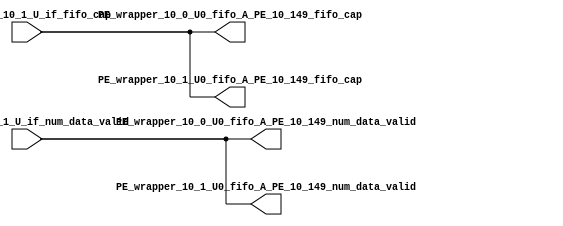
// ==================================================
// RTL generated by RapidStream
//
// Copyright 2024 RapidStream Design Automation, Inc.
// All Rights Reserved.
// ==================================================
`timescale 1 ns / 1 ps
module __rs_kernel3_aux_split_aux_106 #(
    parameter C_S_AXI_CONTROL_DATA_WIDTH  = 32,
    parameter C_S_AXI_CONTROL_ADDR_WIDTH  = 6,
    parameter C_S_AXI_DATA_WIDTH          = 32,
    parameter C_M_AXI_GMEM_A_ID_WIDTH     = 1,
    parameter C_M_AXI_GMEM_A_ADDR_WIDTH   = 64,
    parameter C_M_AXI_GMEM_A_DATA_WIDTH   = 512,
    parameter C_M_AXI_GMEM_A_AWUSER_WIDTH = 1,
    parameter C_M_AXI_GMEM_A_ARUSER_WIDTH = 1,
    parameter C_M_AXI_GMEM_A_WUSER_WIDTH  = 1,
    parameter C_M_AXI_GMEM_A_RUSER_WIDTH  = 1,
    parameter C_M_AXI_GMEM_A_BUSER_WIDTH  = 1,
    parameter C_M_AXI_GMEM_A_USER_VALUE   = 0,
    parameter C_M_AXI_GMEM_A_PROT_VALUE   = 0,
    parameter C_M_AXI_GMEM_A_CACHE_VALUE  = 3,
    parameter C_M_AXI_DATA_WIDTH          = 32,
    parameter C_M_AXI_GMEM_B_ID_WIDTH     = 1,
    parameter C_M_AXI_GMEM_B_ADDR_WIDTH   = 64,
    parameter C_M_AXI_GMEM_B_DATA_WIDTH   = 512,
    parameter C_M_AXI_GMEM_B_AWUSER_WIDTH = 1,
    parameter C_M_AXI_GMEM_B_ARUSER_WIDTH = 1,
    parameter C_M_AXI_GMEM_B_WUSER_WIDTH  = 1,
    parameter C_M_AXI_GMEM_B_RUSER_WIDTH  = 1,
    parameter C_M_AXI_GMEM_B_BUSER_WIDTH  = 1,
    parameter C_M_AXI_GMEM_B_USER_VALUE   = 0,
    parameter C_M_AXI_GMEM_B_PROT_VALUE   = 0,
    parameter C_M_AXI_GMEM_B_CACHE_VALUE  = 3,
    parameter C_M_AXI_GMEM_C_ID_WIDTH     = 1,
    parameter C_M_AXI_GMEM_C_ADDR_WIDTH   = 64,
    parameter C_M_AXI_GMEM_C_DATA_WIDTH   = 512,
    parameter C_M_AXI_GMEM_C_AWUSER_WIDTH = 1,
    parameter C_M_AXI_GMEM_C_ARUSER_WIDTH = 1,
    parameter C_M_AXI_GMEM_C_WUSER_WIDTH  = 1,
    parameter C_M_AXI_GMEM_C_RUSER_WIDTH  = 1,
    parameter C_M_AXI_GMEM_C_BUSER_WIDTH  = 1,
    parameter C_M_AXI_GMEM_C_USER_VALUE   = 0,
    parameter C_M_AXI_GMEM_C_PROT_VALUE   = 0,
    parameter C_M_AXI_GMEM_C_CACHE_VALUE  = 3,
    parameter C_S_AXI_CONTROL_WSTRB_WIDTH = 4,
    parameter C_S_AXI_WSTRB_WIDTH         = 4,
    parameter C_M_AXI_GMEM_A_WSTRB_WIDTH  = 64,
    parameter C_M_AXI_WSTRB_WIDTH         = 4,
    parameter C_M_AXI_GMEM_B_WSTRB_WIDTH  = 64,
    parameter C_M_AXI_GMEM_C_WSTRB_WIDTH  = 64
) (
    output wire [1:0] PE_wrapper_10_0_U0_fifo_A_PE_10_149_fifo_cap,
    output wire [1:0] PE_wrapper_10_0_U0_fifo_A_PE_10_149_num_data_valid,
    output wire [1:0] PE_wrapper_10_1_U0_fifo_A_PE_10_149_fifo_cap,
    output wire [1:0] PE_wrapper_10_1_U0_fifo_A_PE_10_149_num_data_valid,
    input wire  [1:0] fifo_A_PE_10_1_U_if_fifo_cap,
    input wire  [1:0] fifo_A_PE_10_1_U_if_num_data_valid
);
assign PE_wrapper_10_0_U0_fifo_A_PE_10_149_fifo_cap = fifo_A_PE_10_1_U_if_fifo_cap;
assign PE_wrapper_10_0_U0_fifo_A_PE_10_149_num_data_valid = fifo_A_PE_10_1_U_if_num_data_valid;
assign PE_wrapper_10_1_U0_fifo_A_PE_10_149_fifo_cap = fifo_A_PE_10_1_U_if_fifo_cap;
assign PE_wrapper_10_1_U0_fifo_A_PE_10_149_num_data_valid = fifo_A_PE_10_1_U_if_num_data_valid;
endmodule